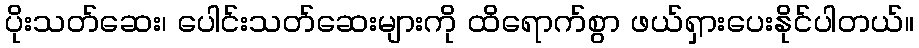
ပိုးသတ်ဆေး၊ ပေါင်းသတ်ဆေးများကို ထိရောက်စွာ ဖယ်ရှားပေးနိုင်ပါတယ်။